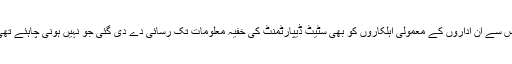
جس سے ان اداروں کے معمولی اہلکاروں کو بھی سٹیٹ ڈیپارٹمنٹ کی خفیہ معلومات تک رسائی دے دی گئی جو نہیں ہونی چاہئے تھی ۔